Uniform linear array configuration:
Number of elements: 32
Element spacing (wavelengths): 0.25
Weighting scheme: kaiser
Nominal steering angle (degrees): -15
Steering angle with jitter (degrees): -14.188
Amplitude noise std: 0.05
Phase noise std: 0.05

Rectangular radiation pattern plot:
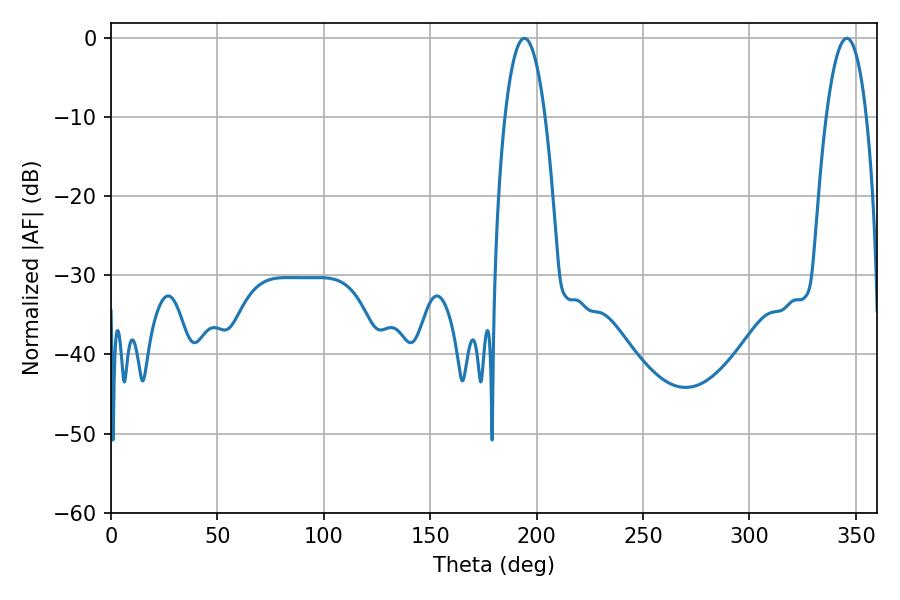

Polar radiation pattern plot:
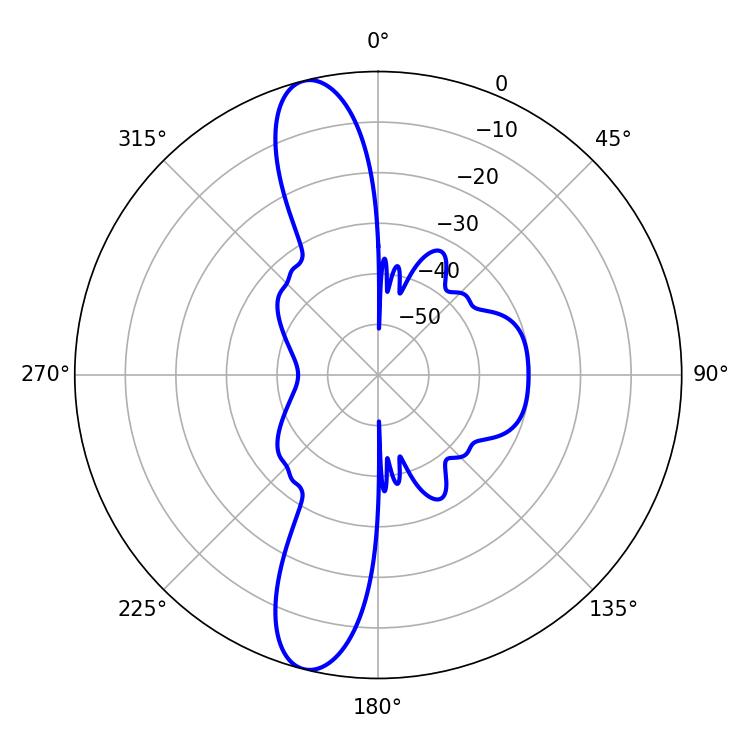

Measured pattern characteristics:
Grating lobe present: FALSE
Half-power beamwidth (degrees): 10.62
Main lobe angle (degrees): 194.22